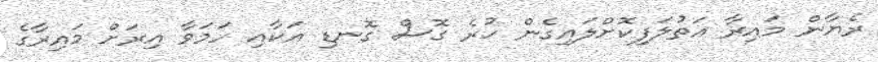
ރެޔާން މައިރާ އަތުލަފިކޮށްލައިގެން ހުރެ ގޮސް ގޮނޑި އަކާއި ހަމަވާ އިރަށް މައިރާގެ